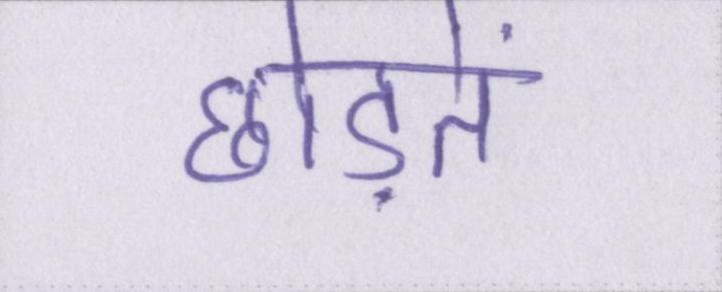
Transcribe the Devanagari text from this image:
छोड़ते